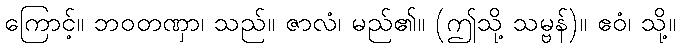
ကြောင့်။ ဘဝတဏှာ၊ သည်။ ဇာလံ၊ မည်၏။ (ဤသို့ သမ္ဗန်)။ ဧဝံ၊ သို့။